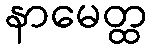
နာမေတ္ထ